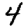
Digit: 4